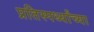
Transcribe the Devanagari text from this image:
प्रतिस्पर्ध्यांच्या